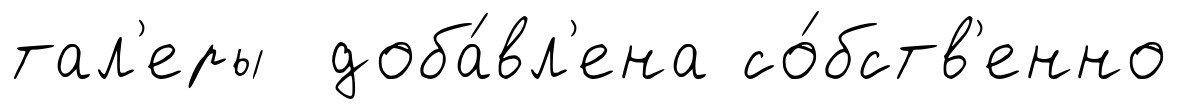
тал'еры доба́вл'ена со́бств'енно